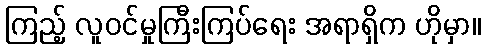
ကြည့် လူဝင်မှုကြီးကြပ်ရေး အရာရှိက ဟိုမှာ။